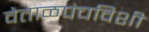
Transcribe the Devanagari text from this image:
वेताळपंचविशी